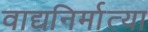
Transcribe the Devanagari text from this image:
वाद्यनिर्मात्या